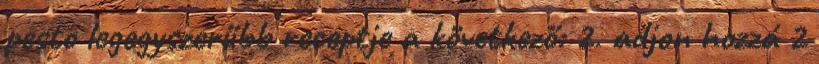
pesto legegyszerűbb receptje a következő: 2. adjon hozzá 2